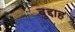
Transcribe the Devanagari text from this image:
बुद्दाह